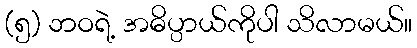
(၅) ဘဝရဲ့ အဓိပ္ပာယ်ကိုပါ သိလာမယ်။